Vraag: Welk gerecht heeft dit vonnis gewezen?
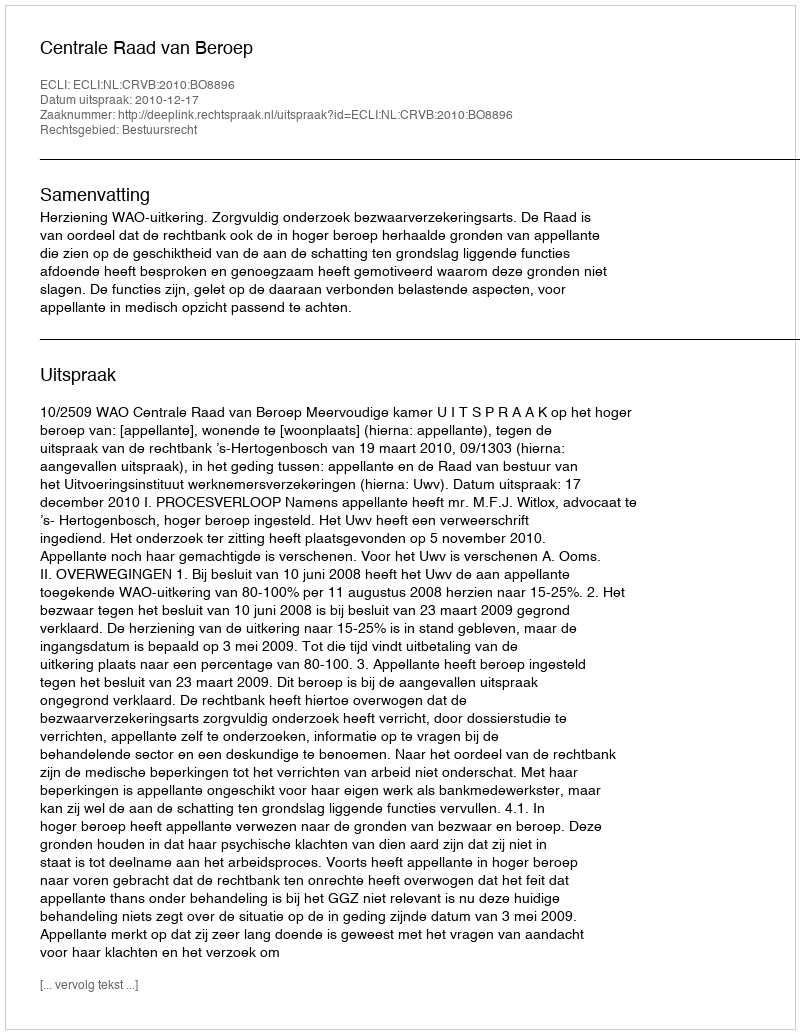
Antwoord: Centrale Raad van Beroep